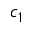
c _ { 1 }